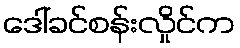
ဒေါ်ခင်စန်းလှိုင်က